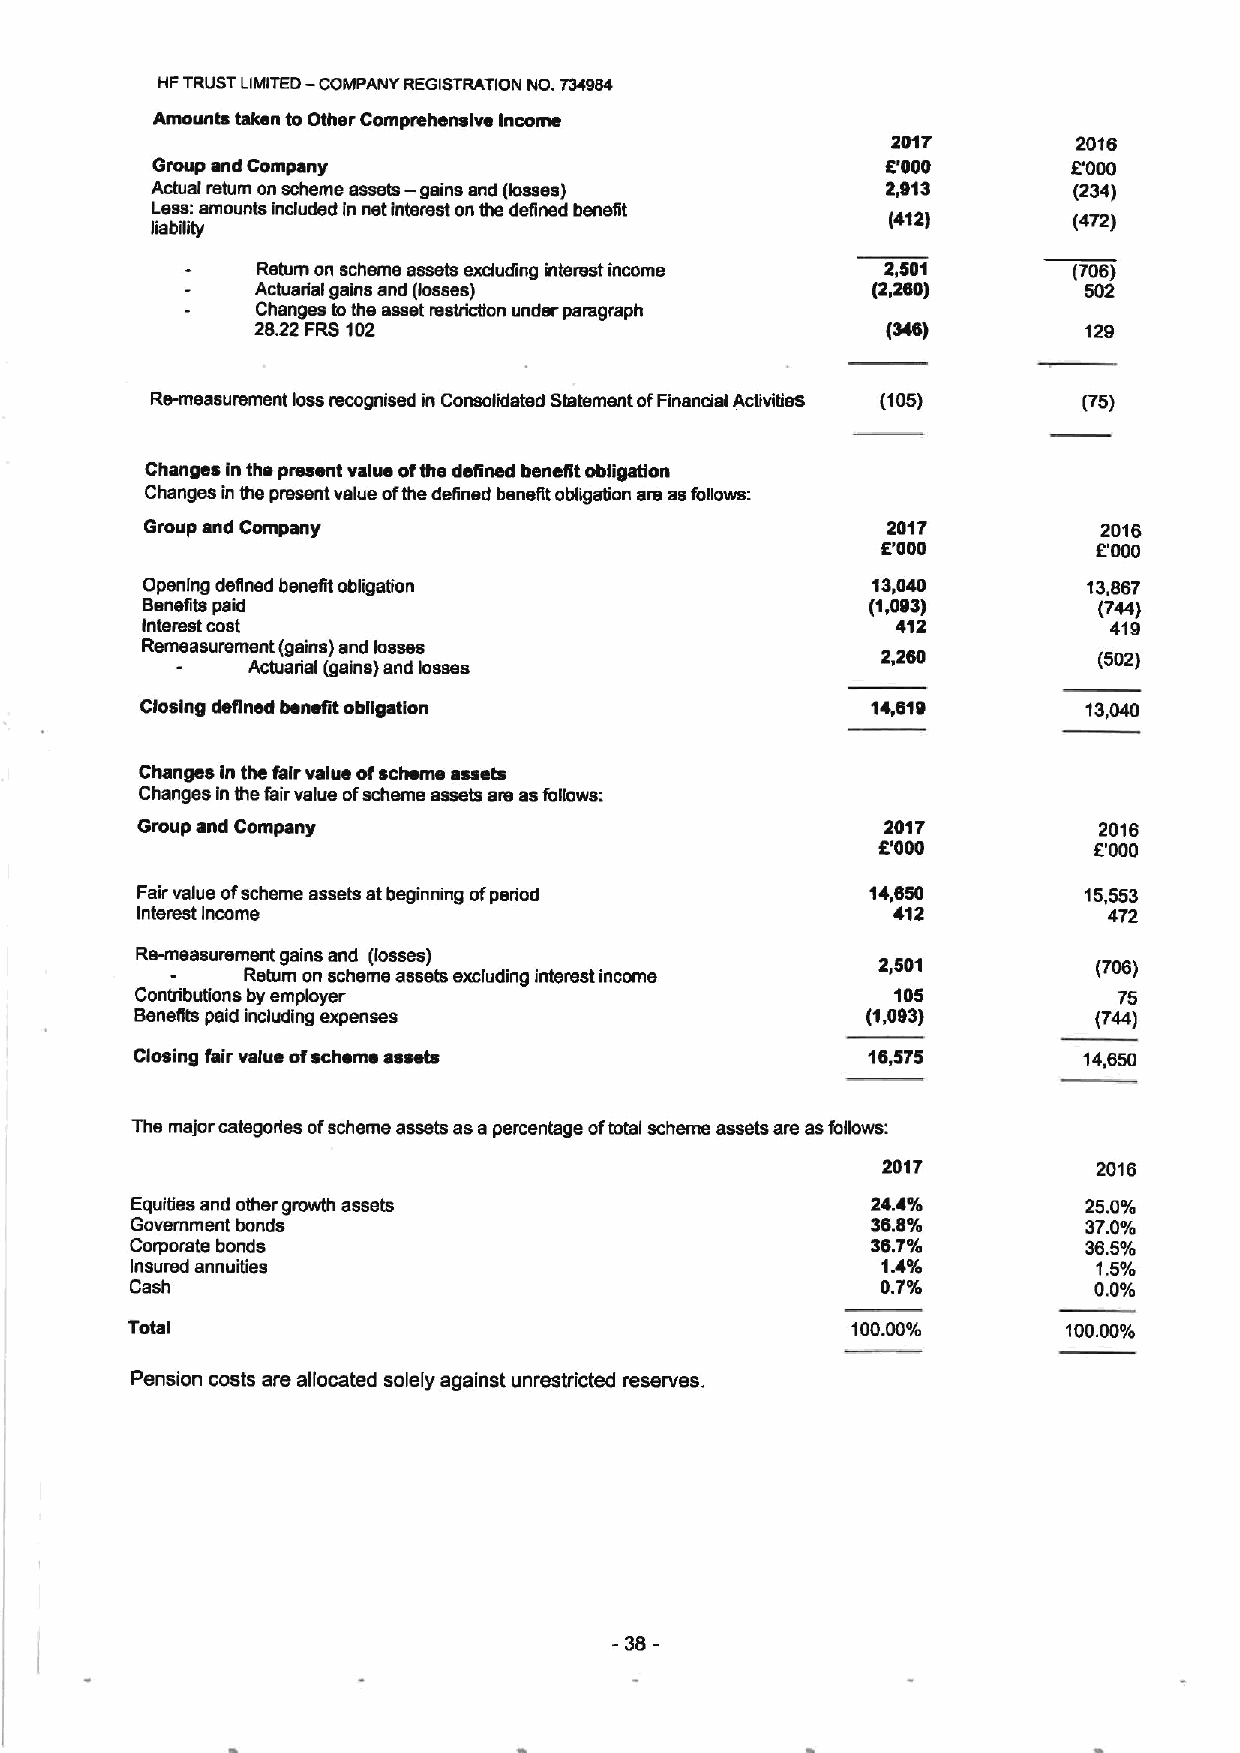
HFTRUST LIMITED— COMPANY REGISTRATION NO. Toless
 Amounts taken to Other Comprehensive Income
 2017        2016
 Group and Company                                6'000       E'000
 Actual return on scheme assets — gains and (losses) 2,913    (234)
 Lees:amounts indudsd In net interest on the defined benefit
 (412)       (472)
 liability
 Return on scheme assebr excluding interest income 2,501 (706)
 Actuadal gains and (losses)              (2,260)       502
 Changes tothe asset restrictlon under paragraph
 28.22FRS102                               (346)        129
 Re-measurement lass recognised in Consolidated Slatement ofFinancial Acbvitie8 (105) ('75)
 Changes In the pmsent value ofthe defined benefit obligation
 Changes in the present value ofthe define benefit obligation are asfollows:
 Group and Company                                2017          2016
 5'000          E'000
 Opening deilned benefit obligation               13,040        13,887
 Benefits paid                                    (1,093)        (744)
 interest cost                                     412           419
 Remeasurement (gains) and losses
 2,260          (502)
 Actuarial (gains) and losses
 Closing defined benefit obfigatlon               14.619        13,040
 Changes In the fair value ofscheme assets
 Changes In the fair value ofscheme assets ars asfollows:
 Group and Company                                 2017          2016
 5'000         E'000
 Fair value ofscheme assets atbeginning ofperiod  14,650        15,553
 Interest Income                                   412           472
 Re-measurement gains and (losses)
 2,501          (706)
 Return on scheme assets excluding interest income
 Contributions by employer                         105            75
 Benefits paid including expenses                (1,093)        (744)
 Closing fair value ofscheme assets              16,575         14,650
 The major categories ofscheme assets as apercentage oftotal scheme assets are asfollows:
 2017           2016
 EquiTies and other growth assets                 244%          25.0%
 Govemrnent bonds                                 38.8%         37.0%
 Corporate bonds                                  36.7%         365%
 Insured annuities                                1.4%           1.5%
 Cash                                             0.7%          0.0%
 Total                                           10000'/0       100OOo/o
 Pension costs are allocated solely against unrestricted reserves.
 -36-